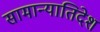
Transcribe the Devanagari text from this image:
सामान्यातिदेश